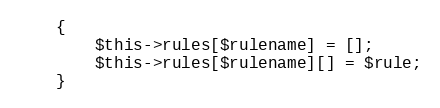
Language: PHP
	{
		$this->rules[$rulename] = [];
		$this->rules[$rulename][] = $rule;
	}